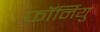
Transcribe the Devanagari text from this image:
फॉर्नियु